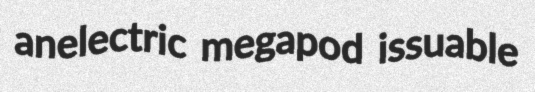
anelectric megapod issuable